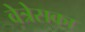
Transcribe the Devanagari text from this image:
वेत्रेसका